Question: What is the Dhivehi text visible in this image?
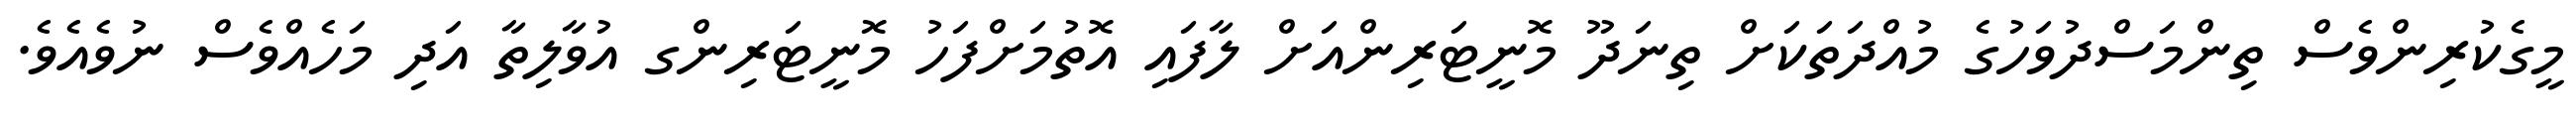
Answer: މީގެކުރިންވެސް ތިންމަސްދުވަހުގެ މުއްދަތަކަށް ތިނަދޫ މޮނީޓަރިންއަށް ލާފައި އޮތުމަށްފަހު މޮނީޓަރިންގ އުވާލިތާ އަދި މަހެއްވެސް ނުވެއެވެ.